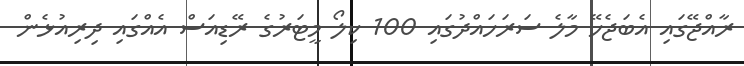
ރާއްޖޭގަައި އެބަޖެހޭ މާލެ ސަރަހައްދުގައި 100 ކިލޯ މީޓަރުގެ ރޭޑިއަސް އެއްގައި ދިރިއުޅެން